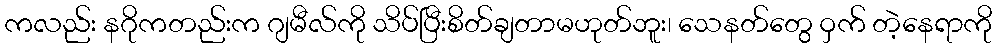
ကလည်း နဂိုကတည်းက ဂျမီလ်ကို သိပ်ပြီးစိတ်ချတာမဟုတ်ဘူး၊ သေနတ်တွေ ဝှက် တဲ့နေရာကို